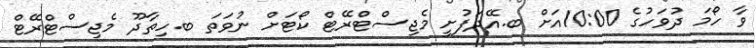
ވާ ހޯމަ ދުވަހުގެ 10:00އަށް ބ.އޭދަފުށީ މެޖިސްޓްރޭޓް ކޯޓަށް ނުވަތަ ބ.ހިތާދޫ މެޖިސްޓްރޭޓް